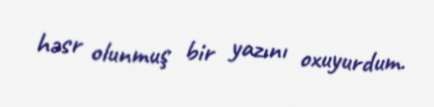
həsr olunmuş bir yazını oxuyurdum.